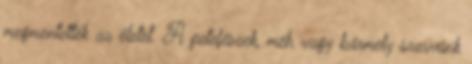
megmentették az életèt. A petefészek, méh vagy bármely szervünk